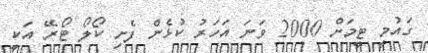
ގައުމީ ޓީމަށް 2000 ވަނަ އަހަރު ކުޅެން ފެށި ކޯލޯ ޓޯރޭ އަކީ